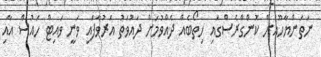
ނަތަންޔާހޫއަށް ކޮންގްރެސްގައި ހިތޯބެއް ދެއްވުމަށް ދައުވަތު އަރުވާފައި ވަނީ ވައިޓް ހައުސް އާއި